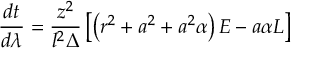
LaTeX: \frac { d t } { d \lambda } = \frac { z ^ { 2 } } { l ^ { 2 } \Delta } \left[ \left( r ^ { 2 } + a ^ { 2 } + a ^ { 2 } \alpha \right) E - a \alpha L \right]